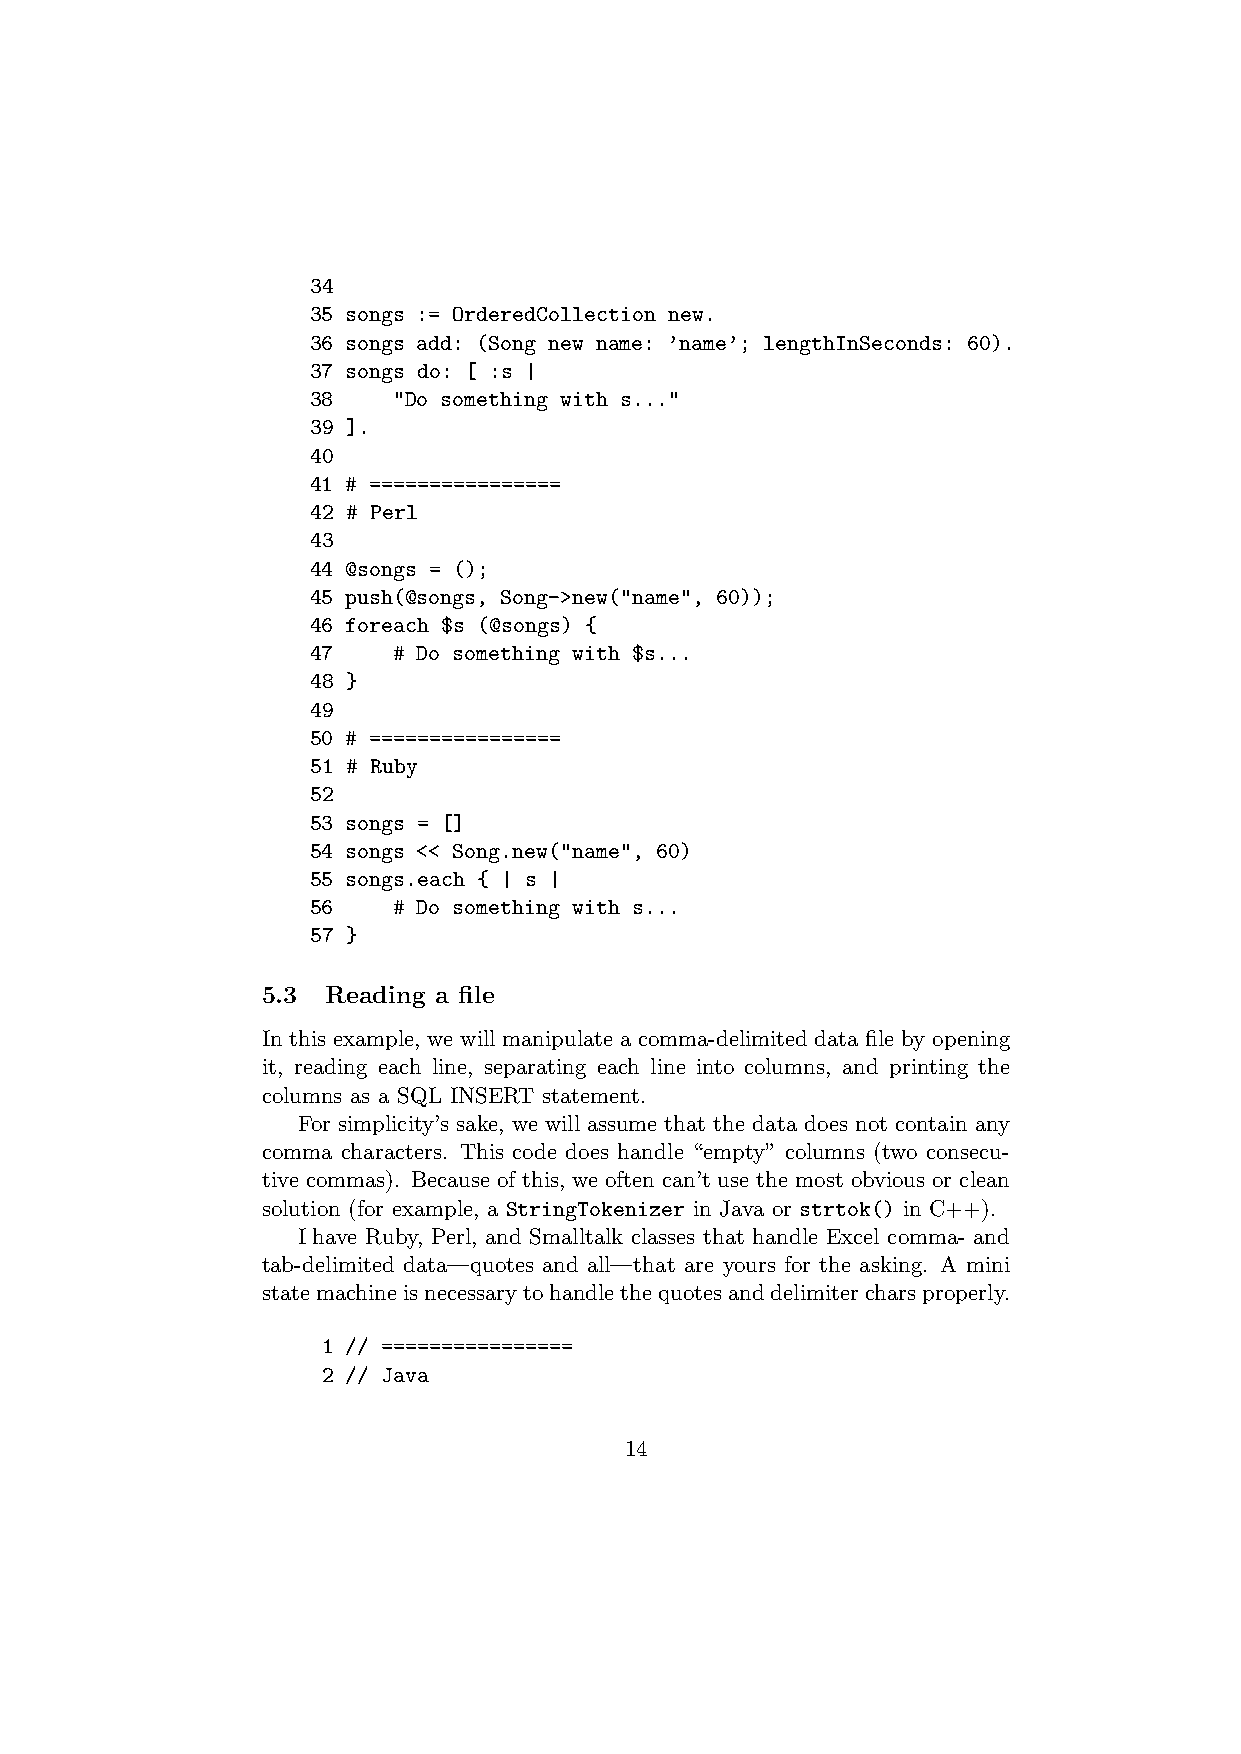
34
 35 songs := OrderedCollection new.
 36 songs add: (Song new name: ’name’; lengthInSeconds: 60).
 37 songs do: [ :s |
 38   "Do something with s..."
 39 ].
 40
 41 # ================
 42 # Perl
 43
 44 @songs = ();
 45 push(@songs, Song->new("name", 60));
 46 foreach $s (@songs) {
 47   # Do something with $s...
 48 }
 49
 50 # ================
 51 # Ruby
 52
 53 songs = []
 54 songs << Song.new("name", 60)
 55 songs.each { | s |
 56   # Do something with s...
 57 }
 5.3  Reading a file
 In this example, we will manipulate a comma-delimited data file by opening
 it, reading each line, separating each line into columns, and printing the
 columns as a SQL INSERT statement.
 For simplicity’s sake, we will assume that the data does not contain any
 comma characters. This code does handle “empty” columns (two consecu-
 tive commas). Because of this, we often can’t use the most obvious or clean
 solution (for example, a StringTokenizer in Java or strtok() in C++).
 I have Ruby, Perl, and Smalltalk classes that handle Excel comma- and
 tab-delimited data—quotes and all—that are yours for the asking. A mini
 statemachineisnecessarytohandlethequotesanddelimitercharsproperly.
 1 // ================
 2 // Java
 14